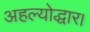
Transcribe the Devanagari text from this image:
अहल्योद्धार।